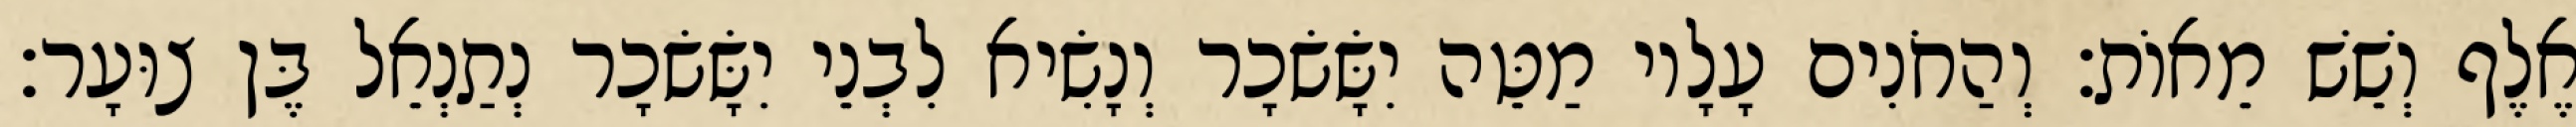
אֶלֶף וְשֵׁשׁ מֵאוֹת׃ וְהַחֹנִים עָלָיו מַטֵּה יִשָּׂשׂכָר וְנָשִׂיא לִבְנֵי יִשָּׂשׂכָר נְתַנְאֵל בֶּן צוּעָר׃